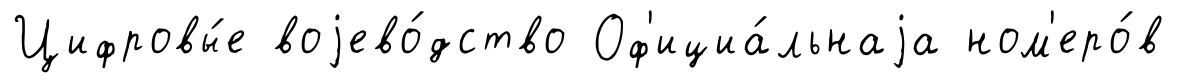
Цифровы́е воjево́дство Оф'ициа́льнаjа ном'еро́в